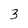
Character: 3